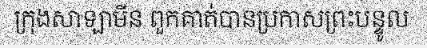
ក្រុងសាឡាមីន ពួកគាត់បានប្រកាសព្រះបន្ទូល